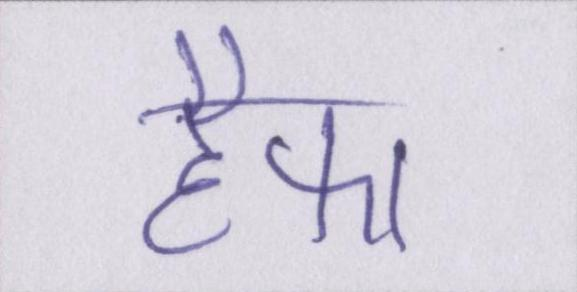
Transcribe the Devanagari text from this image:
हैफा